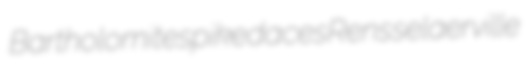
Bartholomite spikedaces Rensselaerville